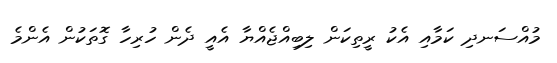
މުއްސަނދި ކަމާއި އެކު ރީތިކަން ލިބިއްޖެއްޔާ އެއީ ދެން ހުރިހާ ގޮތަކުން އެންމެ